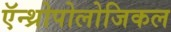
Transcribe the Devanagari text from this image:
ऍन्थ्रोपोलोजिकल